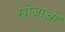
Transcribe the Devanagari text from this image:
खोजाओं